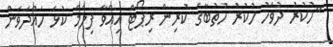
"ހުކުރު ދުވަހު ހުކުރު ހުތުބާގެ ކުރިން ރިޕޯޓް އިއްވާ ފިލްމް ކުޅެ ހައްދަވަން